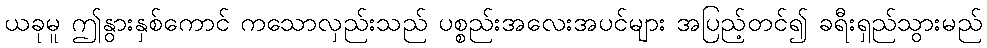
ယခုမူ ဤနွားနှစ်ကောင် ကသောလှည်းသည် ပစ္စည်းအလေးအပင်များ အပြည့်တင်၍ ခရီးရှည်သွားမည်